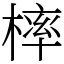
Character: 𣘚